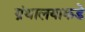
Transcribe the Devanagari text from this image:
ग्रंथालयाकडे